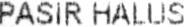
PASIR HALUS